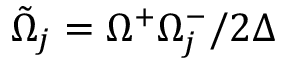
\tilde { \Omega } _ { j } = \Omega ^ { + } \Omega _ { j } ^ { - } / 2 \Delta